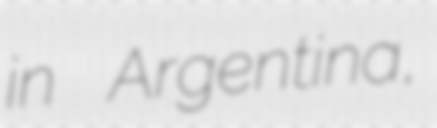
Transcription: in Argentina,